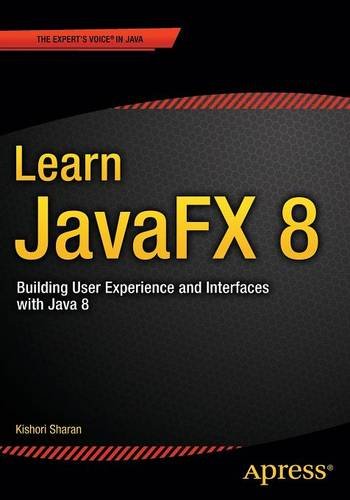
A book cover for Learn JavaFX 8: Building User Experience and Interfaces with Java 8; Kishori Sharan; Computers & Technology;